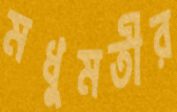
মধুমতীর